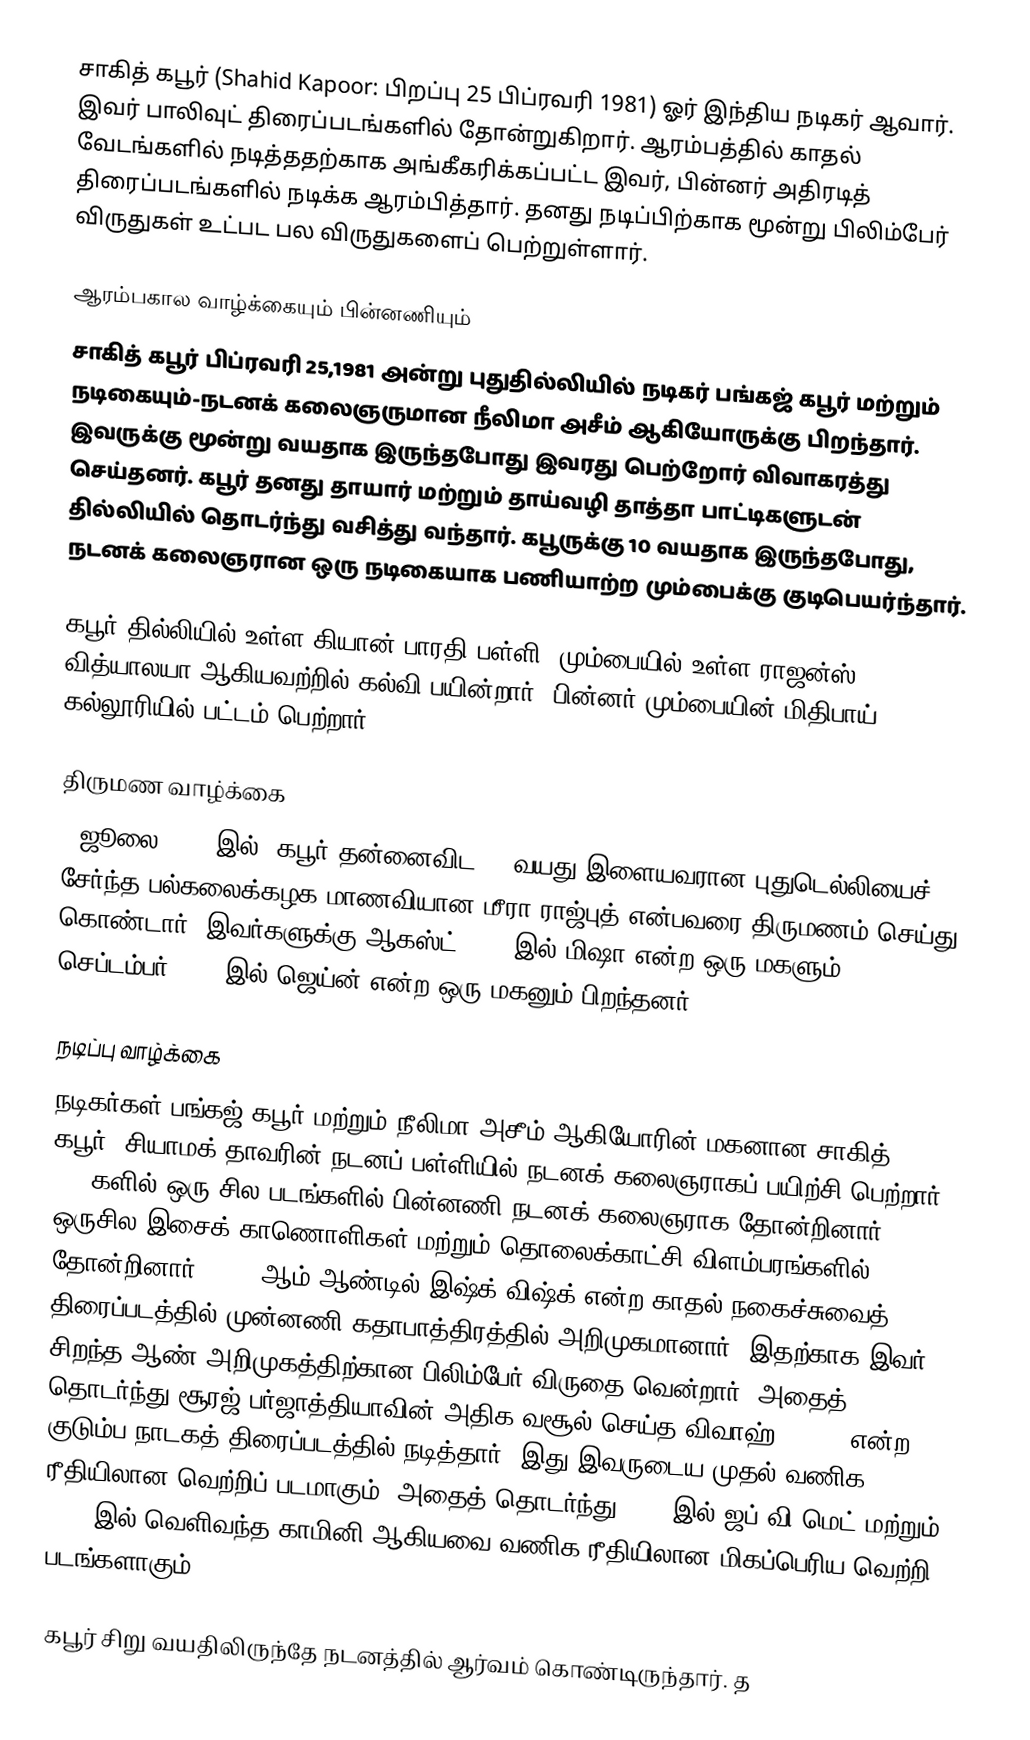
சாகித் கபூர் (Shahid Kapoor: பிறப்பு 25 பிப்ரவரி 1981) ஓர் இந்திய நடிகர் ஆவார். இவர் பாலிவுட் திரைப்படங்களில் தோன்றுகிறார். ஆரம்பத்தில் காதல் வேடங்களில் நடித்ததற்காக அங்கீகரிக்கப்பட்ட இவர், பின்னர் அதிரடித் திரைப்படங்களில் நடிக்க ஆரம்பித்தார். தனது நடிப்பிற்காக மூன்று பிலிம்பேர் விருதுகள் உட்பட பல விருதுகளைப் பெற்றுள்ளார்.

ஆரம்பகால வாழ்க்கையும் பின்னணியும்
சாகித் கபூர் பிப்ரவரி 25,1981 அன்று புதுதில்லியில் நடிகர் பங்கஜ் கபூர் மற்றும் நடிகையும்-நடனக் கலைஞருமான நீலிமா அசீம் ஆகியோருக்கு பிறந்தார். இவருக்கு மூன்று வயதாக இருந்தபோது இவரது பெற்றோர் விவாகரத்து செய்தனர். கபூர் தனது தாயார் மற்றும் தாய்வழி தாத்தா பாட்டிகளுடன் தில்லியில் தொடர்ந்து வசித்து வந்தார். கபூருக்கு 10 வயதாக இருந்தபோது, நடனக் கலைஞரான ஒரு நடிகையாக பணியாற்ற மும்பைக்கு குடிபெயர்ந்தார்.

கபூர் தில்லியில் உள்ள கியான் பாரதி பள்ளி, மும்பையில் உள்ள ராஜன்ஸ் வித்யாலயா ஆகியவற்றில் கல்வி பயின்றார். பின்னர் மும்பையின் மிதிபாய் கல்லூரியில்  பட்டம் பெற்றார்.

திருமண வாழ்க்கை
7 ஜூலை 2015 இல், கபூர் தன்னைவிட 13 வயது இளையவரான புதுடெல்லியைச் சேர்ந்த பல்கலைக்கழக மாணவியான மீரா ராஜ்புத் என்பவரை திருமணம் செய்து கொண்டார். இவர்களுக்கு ஆகஸ்ட் 2016 இல் மிஷா என்ற ஒரு மகளும், செப்டம்பர் 2018 இல் ஜெய்ன் என்ற ஒரு மகனும் பிறந்தனர்.

நடிப்பு வாழ்க்கை
நடிகர்கள் பங்கஜ் கபூர் மற்றும் நீலிமா அசீம் ஆகியோரின் மகனான சாகித் கபூர், சியாமக் தாவரின் நடனப் பள்ளியில் நடனக் கலைஞராகப் பயிற்சி பெற்றார். 1990களில் ஒரு சில படங்களில் பின்னணி நடனக் கலைஞராக தோன்றினார். ஒருசில இசைக் காணொளிகள் மற்றும் தொலைக்காட்சி விளம்பரங்களில் தோன்றினார். 2003 ஆம் ஆண்டில் இஷ்க் விஷ்க் என்ற காதல் நகைச்சுவைத் திரைப்படத்தில் முன்னணி கதாபாத்திரத்தில் அறிமுகமானார். இதற்காக இவர் சிறந்த ஆண் அறிமுகத்திற்கான பிலிம்பேர் விருதை வென்றார். அதைத் தொடர்ந்து சூரஜ் பர்ஜாத்தியாவின் அதிக வசூல் செய்த விவாஹ் (2006) என்ற குடும்ப நாடகத் திரைப்படத்தில் நடித்தார். இது இவருடைய முதல் வணிக ரீதியிலான வெற்றிப் படமாகும். அதைத் தொடர்ந்து 2007 இல் ஜப் வி மெட் மற்றும் 2009 இல் வெளிவந்த காமினி ஆகியவை வணிக ரீதியிலான மிகப்பெரிய வெற்றி படங்களாகும்

கபூர் சிறு வயதிலிருந்தே நடனத்தில் ஆர்வம் கொண்டிருந்தார். த